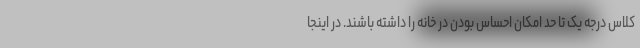
کلاس درجه یک تا حد امکان احساس بودن در خانه را داشته باشند. در اینجا